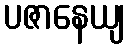
ပဇာနေယျ